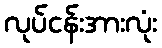
လုပ်ငန်းအားလုံး